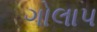
ગોલાપ